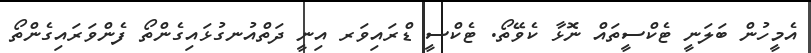
އެމީހުން ބަލަނީ ޓެކްސީތައް ނޮޅާ ކެވޭތޯ. ޓެކްސީ ޑްރައިވަރ އިނީ ދަތްއުނގުޅައިގެންތޯ ފެންވަރައިގެންތޯ